Vaccine operations Central Provinces & Berar 1922-1929 - 1922-1929
Year: 1922
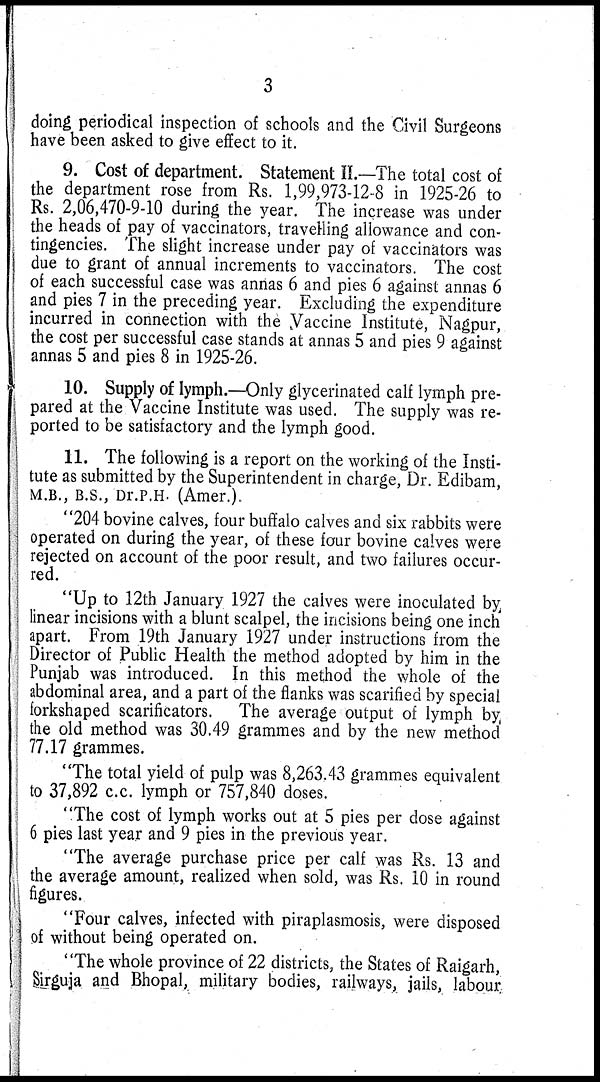
3
doing periodical inspection of schools and the Civil Surgeons
have been asked to give effect to it.
9. Cost of department. Statement II.—The total cost of
the department rose from Rs. 1,99,973-12-8 in 1925-26 to
Rs. 2,06,470-9-10 during the year. The increase was under
the heads of pay of vaccinators, travelling allowance and con-
tingencies. The slight increase under pay of vaccinators was
due to grant of annual increments to vaccinators. The cost
of each successful case was annas 6 and pies 6 against annas 6
and pies 7 in the preceding year. Excluding the expenditure
incurred in connection with the Vaccine Institute, Nagpur,
the cost per successful case stands at annas 5 and pies 9 against
annas 5 and pies 8 in 1925-26.
10. Supply of lymph.—Only glycerinated calf lymph pre-
pared at the Vaccine Institute was used. The supply was re-
ported to be satisfactory and the lymph good.
11. The following is a report on the working of the Insti-
tute as submitted by the Superintendent in charge, Dr. Edibam,
M.B., B.S., Dr.P.H. (Amer.).
"204 bovine calves, four buffalo calves and six rabbits were
operated on during the year, of these four bovine calves were
rejected on account of the poor result, and two failures occur-
red.
"Up to 12th January 1927 the calves were inoculated by
linear incisions with a blunt scalpel, the incisions being one inch
apart. From 19th January 1927 under instructions from the
Director of Public Health the method adopted by him in the
Punjab was introduced. In this method the whole of the
abdominal area, and a part of the flanks was scarified by special
forkshaped scarificators. The average output of lymph by
the old method was 30.49 grammes and by the new method
77.17 grammes.
"The total yield of pulp was 8,263.43 grammes equivalent
to 37,892 c.c. lymph or 757,840 doses.
"The cost of lymph works out at 5 pies per dose against
6 pies last year and 9 pies in the previous year.
"The average purchase price per calf was Rs. 13 and
the average amount, realized when sold, was Rs. 10 in round
figures.
"Four calves, infected with piraplasmosis, were disposed
of without being operated on.
"The whole province of 22 districts, the States of Raigarh,
Sirguja and Bhopal, military bodies, railways, jails, labour